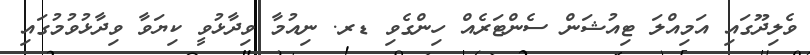
ވެލިދޫގައި އަމިއްލަ ޓިއުޝަން ސެންޓަރެއް ހިންގެވި ޑރ. ނިއުމާ ވިދާޅުވީ ކިޔަވާ ވިދާޅުވުމުގައި